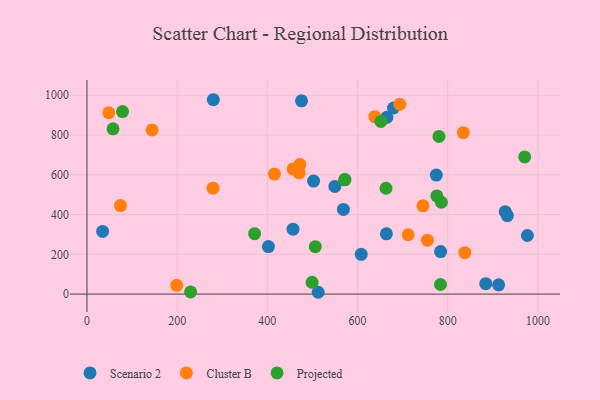
{"axis": {"x": "Study Hours", "y": "Yield"}, "legend": ["Cluster B", "Projected", "Scenario 2"], "data": [{"x": "280.2", "y": 977.6, "type": "Scenario 2"}, {"x": "34.7", "y": 315.3, "type": "Scenario 2"}, {"x": "884.4", "y": 52.5, "type": "Scenario 2"}, {"x": "665.0", "y": 889.2, "type": "Scenario 2"}, {"x": "912.9", "y": 46.6, "type": "Scenario 2"}, {"x": "664.0", "y": 303.2, "type": "Scenario 2"}, {"x": "402.4", "y": 238.8, "type": "Scenario 2"}, {"x": "784.3", "y": 213.8, "type": "Scenario 2"}, {"x": "549.7", "y": 541.6, "type": "Scenario 2"}, {"x": "457.0", "y": 326.4, "type": "Scenario 2"}, {"x": "927.5", "y": 414.4, "type": "Scenario 2"}, {"x": "475.8", "y": 972.0, "type": "Scenario 2"}, {"x": "679.8", "y": 936.0, "type": "Scenario 2"}, {"x": "608.2", "y": 199.9, "type": "Scenario 2"}, {"x": "774.7", "y": 598.8, "type": "Scenario 2"}, {"x": "568.7", "y": 425.9, "type": "Scenario 2"}, {"x": "512.8", "y": 9.1, "type": "Scenario 2"}, {"x": "932.3", "y": 394.8, "type": "Scenario 2"}, {"x": "976.7", "y": 294.6, "type": "Scenario 2"}, {"x": "502.5", "y": 568.4, "type": "Scenario 2"}, {"x": "144.4", "y": 825.8, "type": "Cluster B"}, {"x": "745.0", "y": 443.8, "type": "Cluster B"}, {"x": "199.1", "y": 43.9, "type": "Cluster B"}, {"x": "755.1", "y": 271.2, "type": "Cluster B"}, {"x": "834.5", "y": 811.9, "type": "Cluster B"}, {"x": "693.7", "y": 954.9, "type": "Cluster B"}, {"x": "457.0", "y": 629.4, "type": "Cluster B"}, {"x": "638.4", "y": 892.3, "type": "Cluster B"}, {"x": "48.3", "y": 912.1, "type": "Cluster B"}, {"x": "838.0", "y": 208.2, "type": "Cluster B"}, {"x": "712.3", "y": 298.4, "type": "Cluster B"}, {"x": "472.2", "y": 651.8, "type": "Cluster B"}, {"x": "415.7", "y": 603.8, "type": "Cluster B"}, {"x": "470.6", "y": 609.4, "type": "Cluster B"}, {"x": "74.3", "y": 445.2, "type": "Cluster B"}, {"x": "279.5", "y": 532.9, "type": "Cluster B"}, {"x": "371.8", "y": 303.7, "type": "Projected"}, {"x": "786.0", "y": 461.8, "type": "Projected"}, {"x": "970.8", "y": 689.8, "type": "Projected"}, {"x": "499.2", "y": 58.9, "type": "Projected"}, {"x": "506.3", "y": 238.7, "type": "Projected"}, {"x": "663.2", "y": 532.4, "type": "Projected"}, {"x": "57.8", "y": 831.2, "type": "Projected"}, {"x": "572.2", "y": 575.8, "type": "Projected"}, {"x": "780.6", "y": 792.8, "type": "Projected"}, {"x": "776.0", "y": 493.7, "type": "Projected"}, {"x": "784.0", "y": 48.2, "type": "Projected"}, {"x": "571.2", "y": 574.6, "type": "Projected"}, {"x": "651.9", "y": 868.7, "type": "Projected"}, {"x": "78.8", "y": 918.1, "type": "Projected"}, {"x": "229.8", "y": 11.0, "type": "Projected"}]}